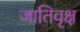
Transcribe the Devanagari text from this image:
जातिवृक्ष